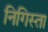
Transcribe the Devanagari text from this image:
निगिस्ता